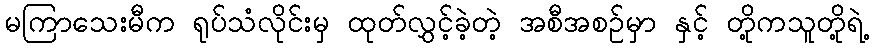
မကြာသေးမီက ရုပ်သံလိုင်းမှ ထုတ်လွှင့်ခဲ့တဲ့ အစီအစဉ်မှာ နှင့် တို့ကသူတို့ရဲ့